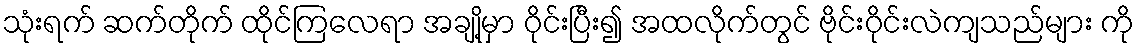
သုံးရက် ဆက်တိုက် ထိုင်ကြလေရာ အချို့မှာ ဝိုင်းပြီး၍ အထလိုက်တွင် ဗိုင်းဝိုင်းလဲကျသည်များ ကို